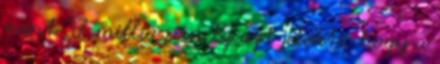
mint 37 millió van Ez azt jelenti, hogy a